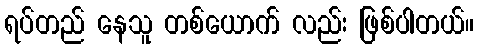
ရပ်တည် နေသူ တစ်ယောက် လည်း ဖြစ်ပါတယ်။